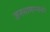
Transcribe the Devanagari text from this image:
जनसामान्‍यको